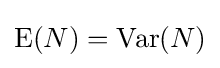
\operatorname {E} (N)=\operatorname {Var} (N)